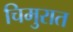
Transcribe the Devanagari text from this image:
चिमुरात